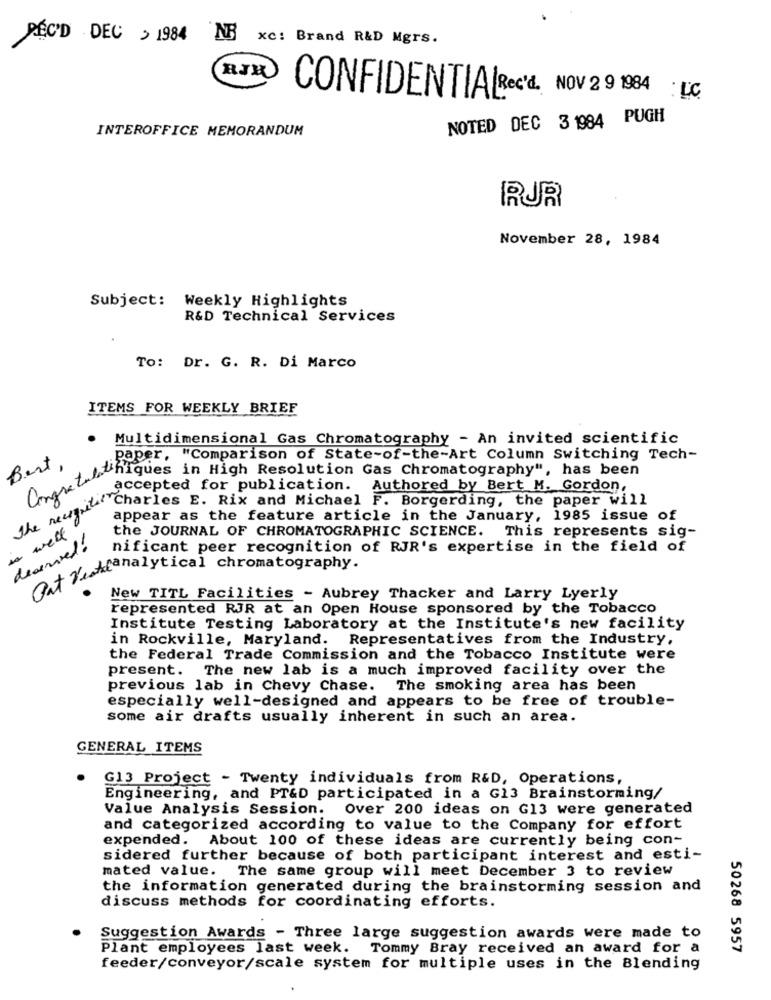
DECID DEC > 1984 NR
xc: Brand R&D Mgrs.
CONFIDENTIAL Rec'd. NOV 2 9 1984
LC
NOTED DEC 3 1984 PUGH
INTEROFFICE MEMORANDUM
RUR
November 28, 1984
Subject: Weekly Highlights
R&D Technical Services
To: Dr. G. R. Di Marco
ITEMS FOR WEEKLY BRIEF
Multidimensional Gas Chromatography - An invited scientific
Best
.paper, "Comparison of State-of-the-Art Column Switching Tech-
instalaciones in High Resolution Gas Chromatography", has been
accepted for publication.
Authored by Bert M. Gordon,
as muthe ancizes E. Rix and Michael F. Borgerding, the paper will
appear as the feature article in the January, 1985 issue of
is well
the JOURNAL OF CHROMATOGRAPHIC SCIENCE. This represents sig-
deserve !!
nificant peer recognition of RJR's expertise in the field of
Gat resteanalytical chromatography .
New TITL Facilities - Aubrey Thacker and Larry Lyerly
represented RJR at an Open House sponsored by the Tobacco
Institute Testing Laboratory at the Institute's new facility
in Rockville, Maryland. Representatives from the Industry,
the Federal Trade Commission and the Tobacco Institute were
present. The new lab is a much improved facility over the
previous lab in Chevy Chase. The smoking area has been
especially well-designed and appears to be free of trouble-
some air drafts usually inherent in such an area.
GENERAL ITEMS
G13 Project - Twenty individuals from R&D, Operations,
Engineering, and PT&D participated in a G13 Brainstorming/
Value Analysis Session.
Over 200 ideas on G13 were generated
and categorized according to value to the Company for effort
expended. About 100 of these ideas are currently being con-
sidered further because of both participant interest and esti-
mated value. The same group will meet December 3 to review
the information generated during the brainstorming session and
discuss methods for coordinating efforts.
Suggestion Awards - Three large suggestion awards were made to
Plant employees last week. Tommy Bray received an award for a
50268 5957
feeder/conveyor/scale system for multiple uses in the Blending